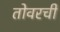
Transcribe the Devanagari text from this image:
तोवरची